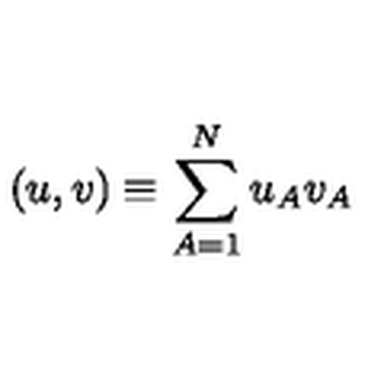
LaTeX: ( u , v ) \equiv \sum _ { A = 1 } ^ { N } u _ { A } v _ { A }